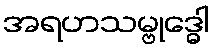
အရဟသမ္ဗုဒ္ဓေါ